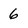
Character: 6